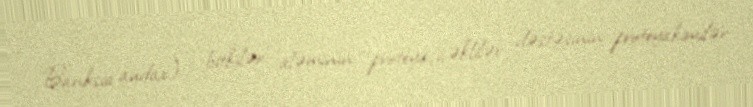
Banksia audax) — bitkilər aləminin proteyaçiçəklilər dəstəsinin proteyakimilər